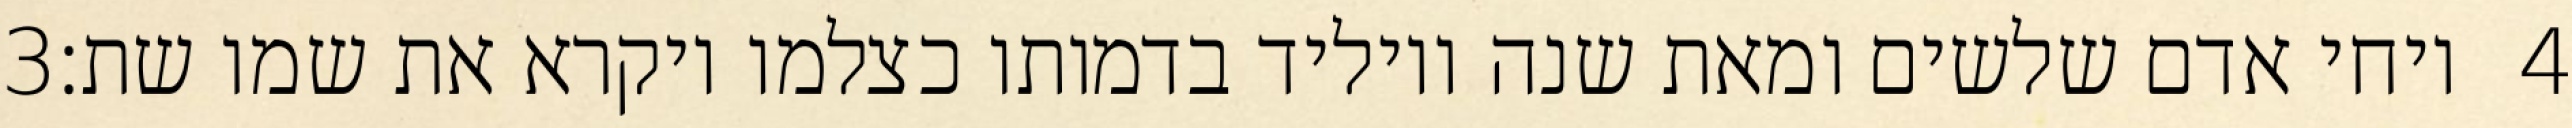
‎3‏ ויחי אדם שלשים ומאת שנה ויוליד בדמותו כצלמו ויקרא את שמו שת׃ ‎4‏